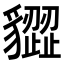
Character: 𧴙